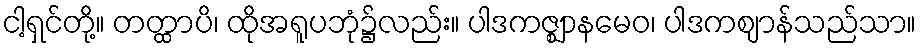
ငါ့ရှင်တို့။ တတ္ထာပိ၊ ထိုအရူပဘုံ၌လည်း။ ပါဒကဇ္ဈာနမေဝ၊ ပါဒကဈာန်သည်သာ။